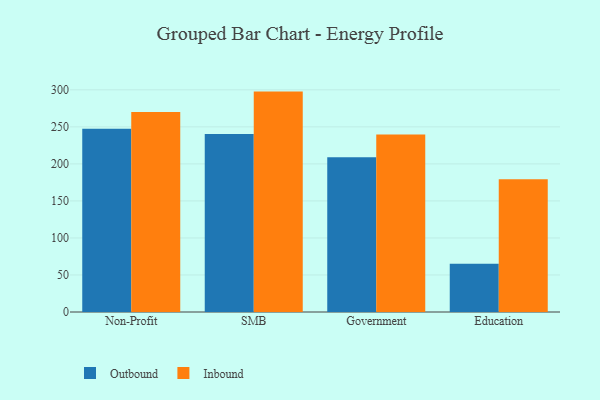
{"axis": {"x": "Segment", "y": "Revenue (USD Million)"}, "legend": ["Inbound", "Outbound"], "data": [{"x": "Non-Profit", "y": 247.4, "type": "Outbound"}, {"x": "Non-Profit", "y": 270.1, "type": "Inbound"}, {"x": "SMB", "y": 240.3, "type": "Outbound"}, {"x": "SMB", "y": 297.6, "type": "Inbound"}, {"x": "Government", "y": 209.0, "type": "Outbound"}, {"x": "Government", "y": 239.8, "type": "Inbound"}, {"x": "Education", "y": 65.0, "type": "Outbound"}, {"x": "Education", "y": 179.1, "type": "Inbound"}]}